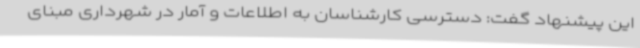
این پیشنهاد گفت: دسترسی کارشناسان به اطلاعات و آمار در شهرداری مبنای